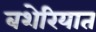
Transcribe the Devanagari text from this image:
बशेरियात